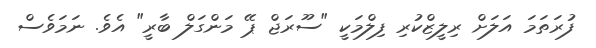
ފުރަތަމަ އަލަށް ރިލީޒްކުރި ފިލްމަކީ "ސޫރަޖް ޕޭ މަންގަލް ބާރީ" އެވެ. ނަމަވެސް